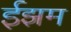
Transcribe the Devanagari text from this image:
ईझम